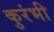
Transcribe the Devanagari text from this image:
कुरंभी